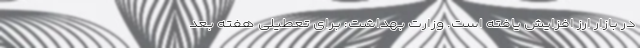
در بازار ارز افزایش یافته است. وزارت بهداشت: برای تعطیلی هفته بعد